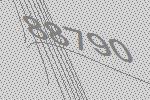
88790